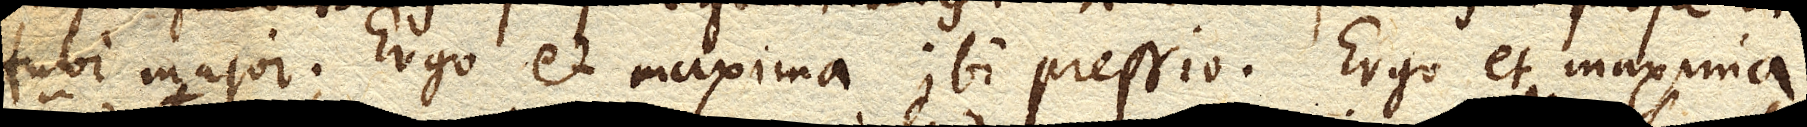
tubi major. Ergo et maxima ibi pressio. Ergo et maxima